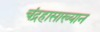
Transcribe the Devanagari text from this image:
चंद्रहासाख्यान